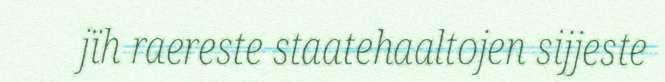
jïh raereste staatehaaltojen sijjeste